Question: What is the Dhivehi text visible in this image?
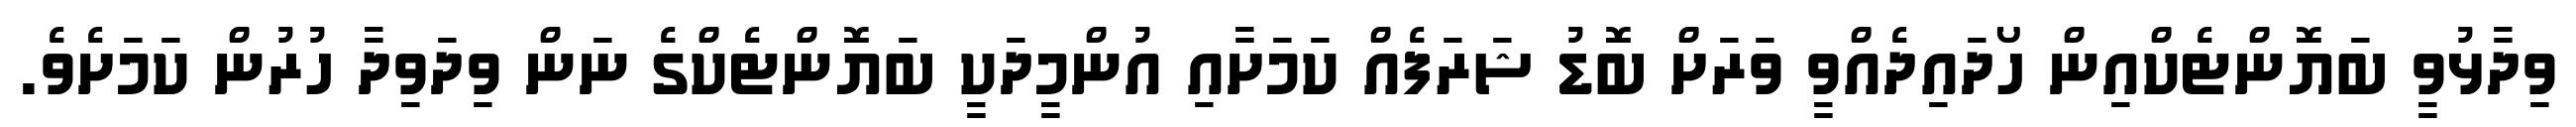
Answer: ވިދާޅުވީ ބަޔޮންޓެކްއިން ހޯދައިދެއްވީ ވަރަށް ބޮޑު ޝަރަފެއް ކަމަށާއި އުންމީދަކީ ބަޔޮންޓެކްގެ ނަން ވިދަވިދާ ހުރުން ކަމަށެވެ.